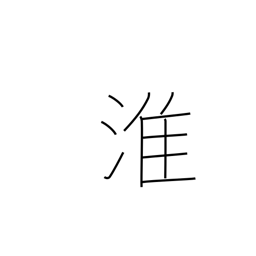
Meaning: name of a Chinese river